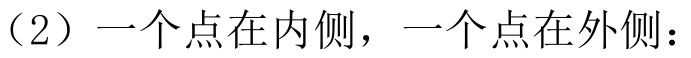
（2）一个点在内侧，一个点在外侧：